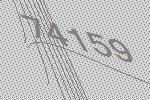
74159